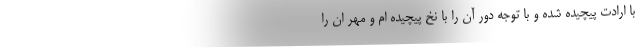
با ارادت پیچیده شده و با توجه دور آن را با نخ پیچیده ام و مهر ان را